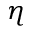
\eta